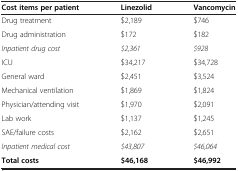
| Cost items per patient | Linezolid | Vancomycin |
 | --- | --- | --- |
 | Drug treatment | $2,189 | $746 |
 | Drug administration | $172 | $182 |
 | Inpatient drug cost | $2,361 | $928 |
 | ICU | $34,217 | $34,728 |
 | General ward | $2,451 | $3,524 |
 | Mechanical ventilation | $1,869 | $1,824 |
 | Physician/attending visit | $1,970 | $2,091 |
 | Lab work | $1,137 | $1,245 |
 | SAE/failure costs | $2,162 | $2,651 |
 | Inpatient medical cost | $43,807 | $46,064 |
 | Total costs | $46,168 | $46,992 |